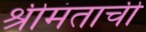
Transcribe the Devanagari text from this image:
श्रीमंताची